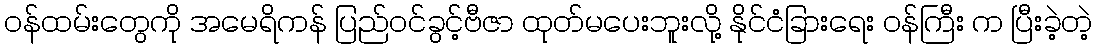
ဝန်ထမ်းတွေကို အမေရိကန် ပြည်ဝင်ခွင့်ဗီဇာ ထုတ်မပေးဘူးလို့ နိုင်ငံခြားရေး ဝန်ကြီး က ပြီးခဲ့တဲ့